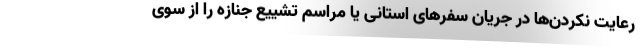
رعایت نکردن‌ها در جریان سفرهای استانی یا مراسم تشییع جنازه را از سوی